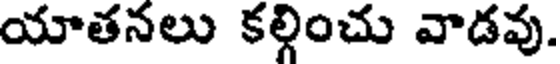
యాతనలు కల్గించు వాడవు.